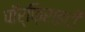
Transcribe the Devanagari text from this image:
पॉर्फ़िराइटी